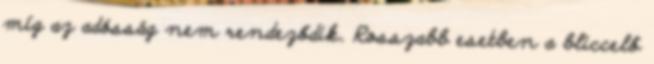
míg az adósság nem rendeződik. Rosszabb esetben a bliccelő